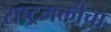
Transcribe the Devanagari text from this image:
राष्ट्रभक्तीचा